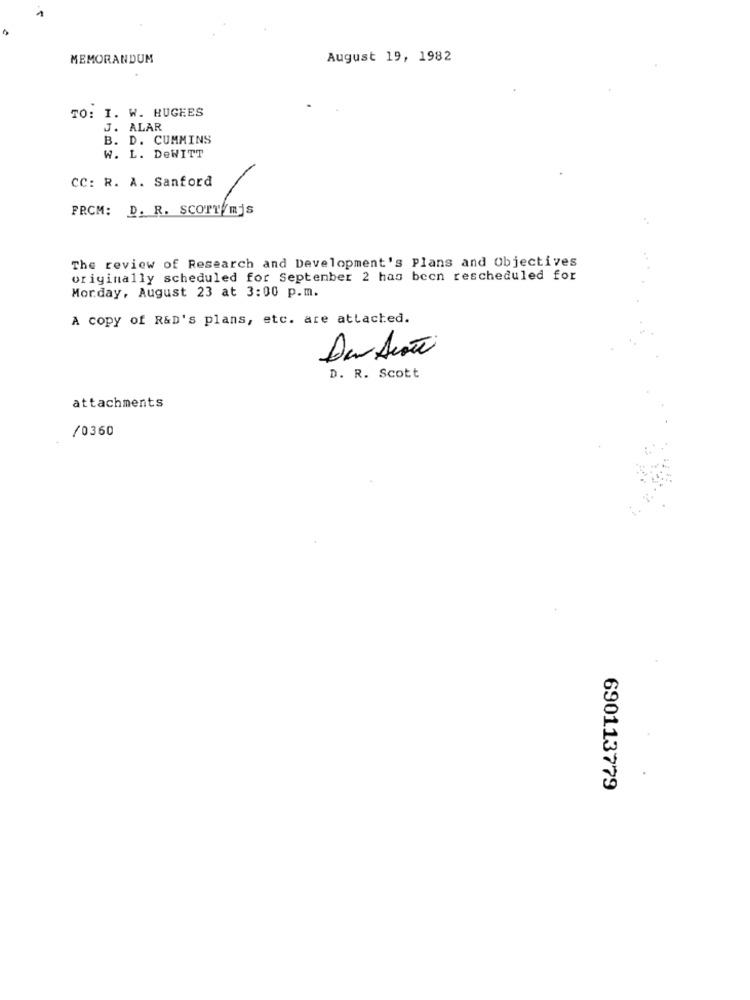
MEMORANDUM
August 19, 1982
TO: I. W. HUGEES
J. ALAR
B. D. CUMMINS
W. L. DeWITT
CC: R. A. Sanford
FRCM: D. R. SCOTT/mjs
The review of Research and Development's Plans and Objectives
originally scheduled for September 2 has been rescheduled for
Monday, August 23 at 3:00 p.m.
A copy of R&D's plans, etc. are attached.
Da Ação
D. R. Scott
attachments
/0360
690113779